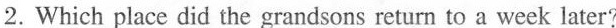
2. Which place did the grandsons return to a week later?